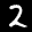
Label: 2